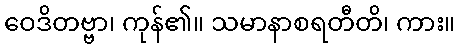
ဝေဒိတဗ္ဗာ၊ ကုန်၏။ သမာနာစရတီတိ၊ ကား။